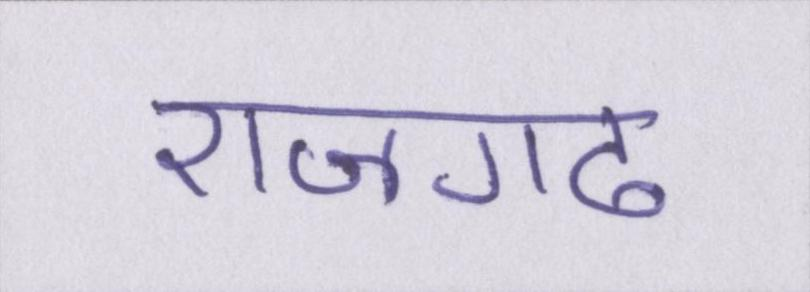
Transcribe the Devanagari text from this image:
राजगढ